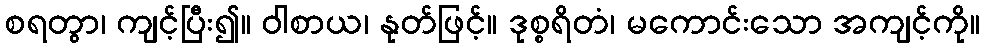
စရတွာ၊ ကျင့်ပြီး၍။ ဝါစာယ၊ နုတ်ဖြင့်။ ဒုစ္စရိတံ၊ မကောင်းသော အကျင့်ကို။